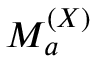
{ \cal M } _ { a } ^ { ( X ) }